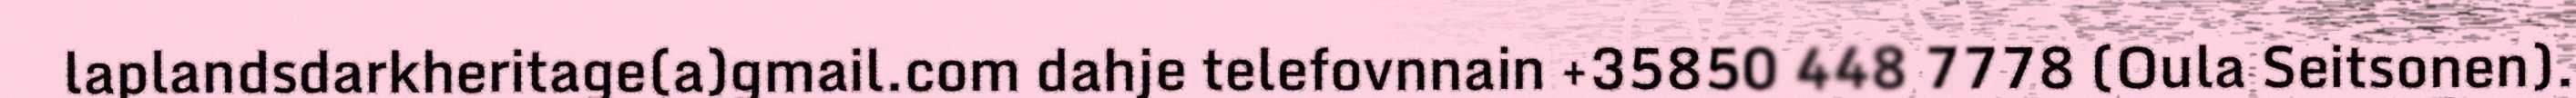
laplandsdarkheritage(a)gmail.com dahje telefovnnain +35850 448 7778 (Oula Seitsonen).